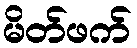
မိတ်ဖက်